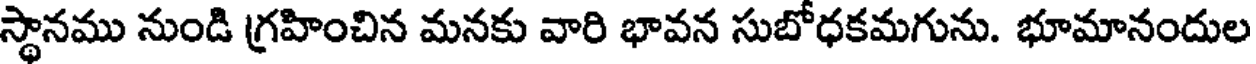
స్థానము నుండి గ్రహించిన మనకు వారి భావన సుబోధకమగును. భూమానందుల